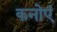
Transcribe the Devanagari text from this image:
कनोएं